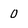
Character: 0